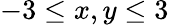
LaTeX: -3\leq x,y\leq 3